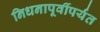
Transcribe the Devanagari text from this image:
निधनापूर्वीपर्यंत